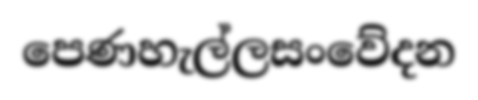
පෙණහැල්ලසංවේදන